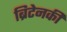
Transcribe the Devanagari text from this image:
ब्रिटेनकी